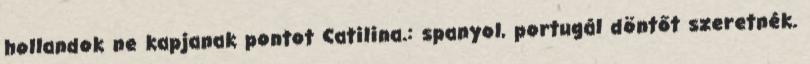
hollandok ne kapjanak pontot Catilina.: spanyol, portugál döntőt szeretnék.